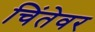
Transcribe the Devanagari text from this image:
चिंतेवर